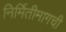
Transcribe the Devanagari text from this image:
निर्मितीमागची